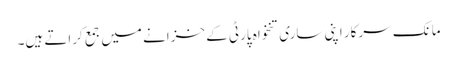
مانک سرکار اپنی ساری تنخواہ پارٹی کے خزانے میں جمع کراتے ہیں۔